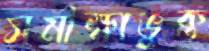
সমীক্ষাভুক্ত